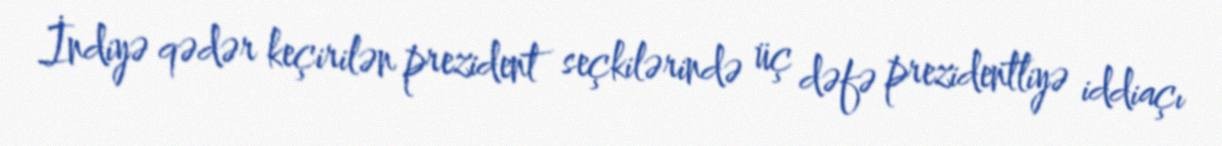
İndiyə qədər keçirilən prezident seçkilərində üç dəfə prezidentliyə iddiaçı